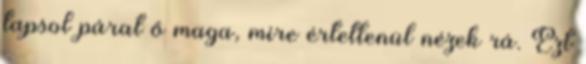
tapsol párat ő maga, mire értetlenül nézek rá. Ezt